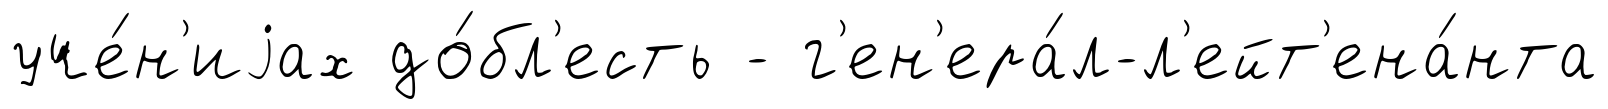
уче́н'иjах до́бл'есть - г'ен'ера́л-л'ейт'ена́нта